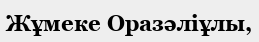
Жұмеке Оразәліұлы,